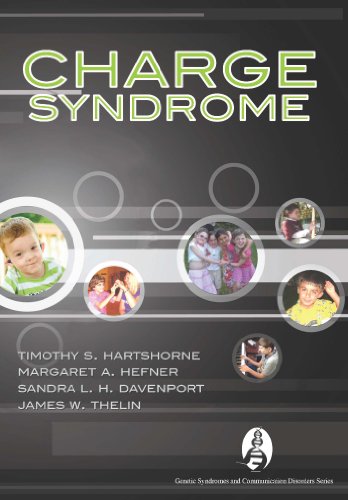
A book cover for CHARGE Syndrome (Genetics and Communication Disorders); Timothy S. Hartshorne; Medical Books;